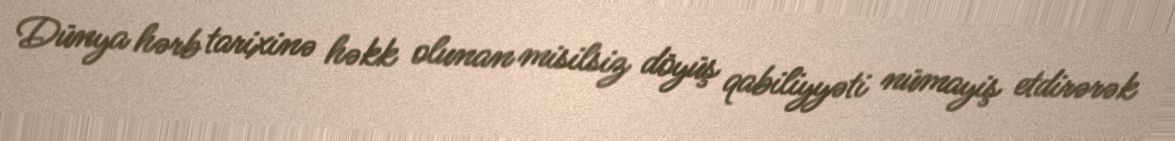
Dünya hərb tarixinə həkk olunan misilsiz döyüş qabiliyyəti nümayiş etdirərək